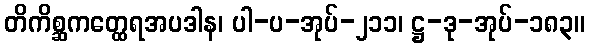
တိကိစ္ဆကတ္ထေရအပဒါန၊ ပါ-ပ-အုပ်-၂၁၁၊ ဋ္ဌ-ဒု-အုပ်-၁၈၃။